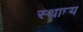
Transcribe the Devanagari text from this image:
स्थाप्त्य